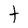
Character: t